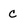
Character: c